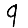
Digit: 9